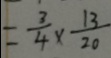
= \frac { 3 } { 4 } \times \frac { 1 3 } { 2 0 }